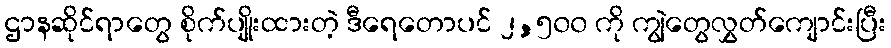
ဌာနဆိုင်ရာတွေ စိုက်ပျိုးထားတဲ့ ဒီရေတောပင် ၂,၅၀၀ ကို ကျွဲတွေလွှတ်ကျောင်းပြီး